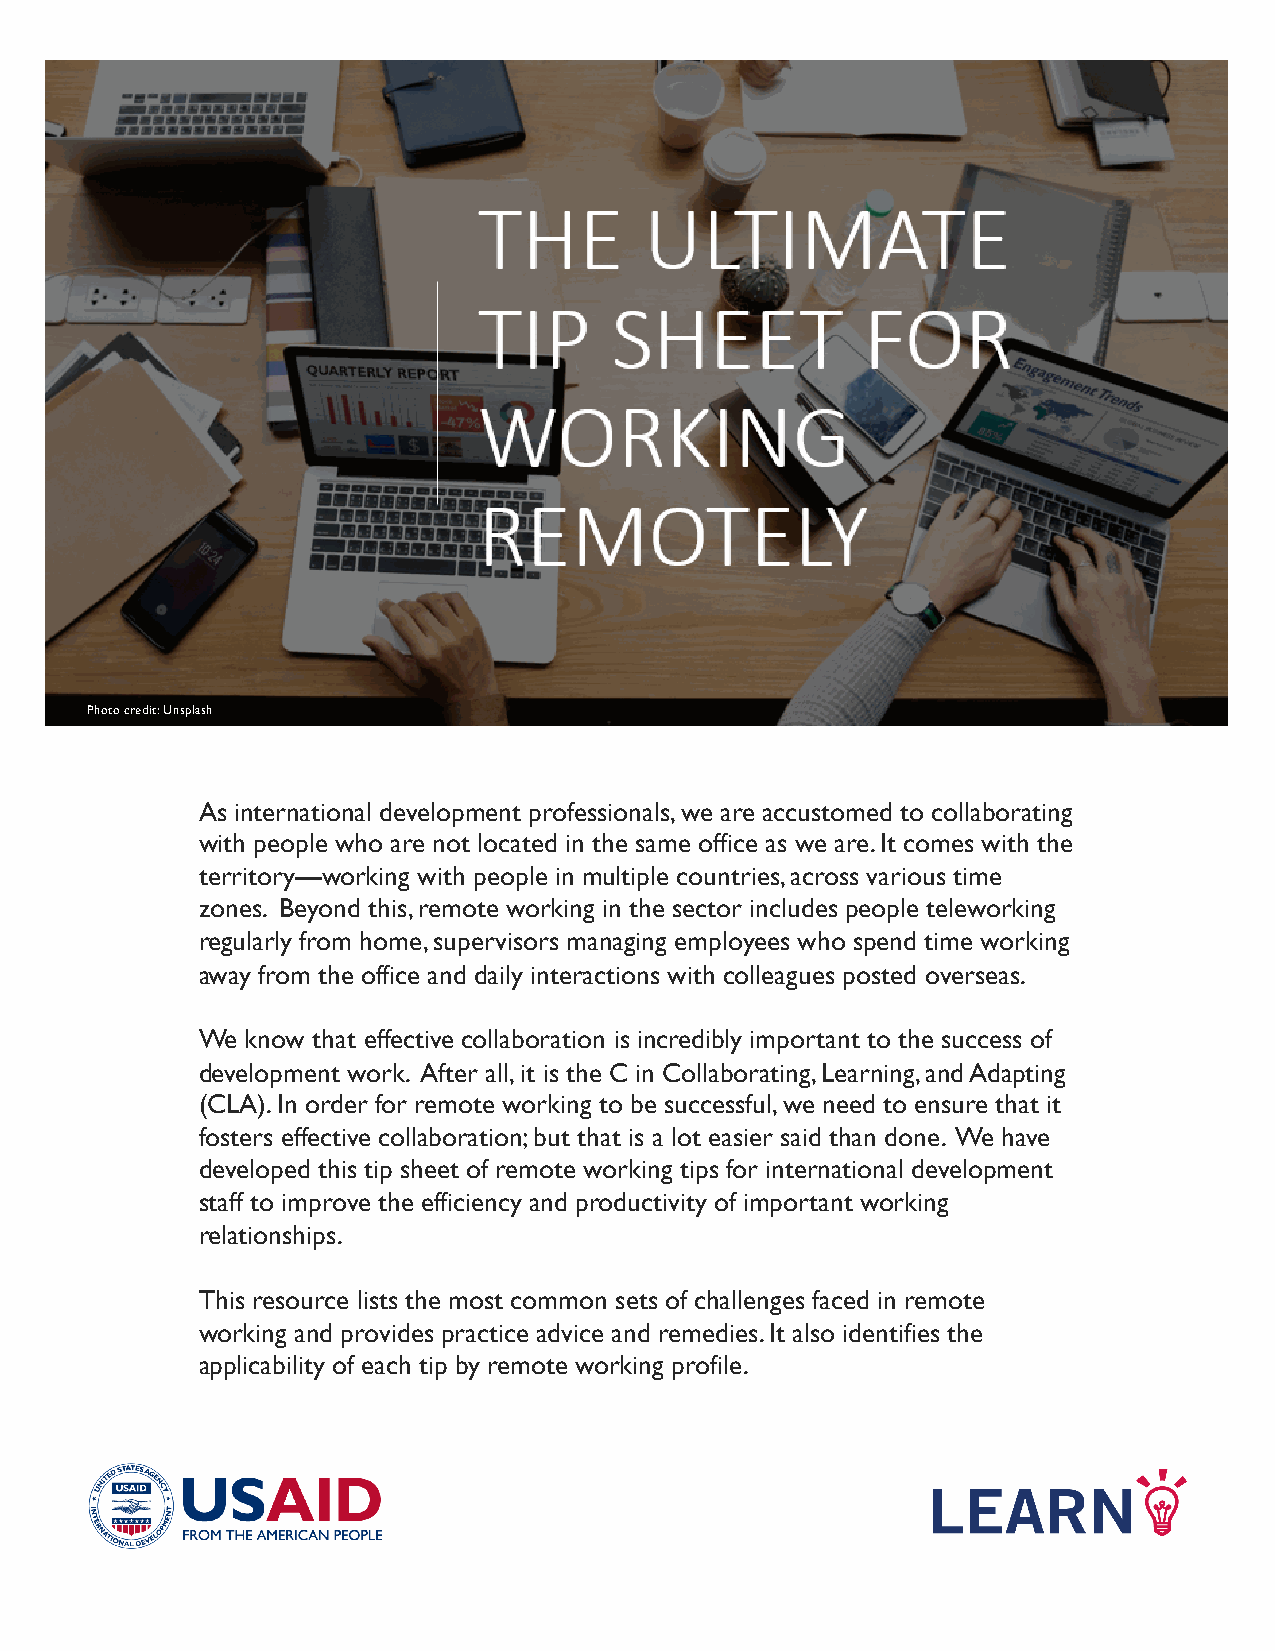
Photo credit: Unsplash
 As international development professionals, we are accustomed to collaborating
 with people who are not located in the same office as we are. It comes with the
 territory—working with people in multiple countries, across various time
 zones. Beyond this, remote working in the sector includes people teleworking
 regularly from home, supervisors managing employees who spend time working
 away from the office and daily interactions with colleagues posted overseas.
 We know that effective collaboration is incredibly important to the success of
 development work. After all, it is the C in Collaborating, Learning, and Adapting
 (CLA). In order for remote working to be successful, we need to ensure that it
 fosters effective collaboration; but that is a lot easier said than done. We have
 developed this tip sheet of remote working tips for international development
 staff to improve the efficiency and productivity of important working
 relationships.
 This resource lists the most common sets of challenges faced in remote
 working and provides practice advice and remedies. It also identifies the
 applicability of each tip by remote working profile.